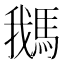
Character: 𩣣